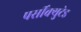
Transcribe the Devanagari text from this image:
पर्सीक्युटेड